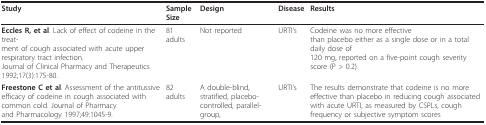
<table><thead><tr><td><b>Study</b></td><td><b>Sample Size</b></td><td><b>Design</b></td><td><b>Disease</b></td><td><b>Results</b></td></tr></thead><tbody><tr><td><b>Eccles R, et al</b>. Lack of effect of codeine in the treat-ment of cough associated with acute upper respiratory tract infection.Journal of Clinical Pharmacy and Therapeutics 1992;17(3):175-80.</td><td>81 adults</td><td>Not reported</td><td>URTI&#x27;s</td><td>Codeine was no more effectivethan placebo either as a single dose or in a total daily dose of120 mg, reported on a five-point cough severity score (P &gt; 0.2).</td></tr><tr><td><b>Freestone C et al</b>. Assessment of the antitussive efficacy of codeine in cough associated with common cold. Journal of Pharmacyand Pharmacology 1997;49:1045-9.</td><td>82 adults</td><td>A double-blind, stratified, placebo-controlled, parallel-group,</td><td>URTI&#x27;s</td><td>The results demonstrate that codeine is no more effective than placebo in reducing cough associated with acute URTI, as measured by CSPLs, cough frequency or subjective symptom scores</td></tr></tbody></table>